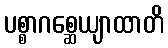
ပစ္စာဂစ္ဆေယျာထာတိ